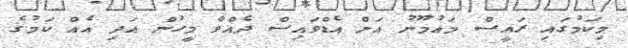
މިކަމުގައި ރައީސް މައުމޫނު އަށް އެޑްވައިސް ދެއްވާ މީހުން އަދި އެއް ކަމުގެ